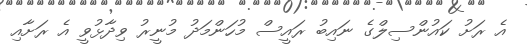
އެ ރަށު ކައުންސިލްގެ ނައިބު ރައީސް މުހަންމަދު މުނީރު ވިދާޅުވީ އެ ރަށާއި